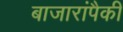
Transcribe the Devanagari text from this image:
बाजारांपैकी